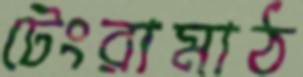
টেংরামাঠ